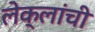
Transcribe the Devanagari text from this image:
लेक्लांची